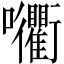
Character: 𡆚